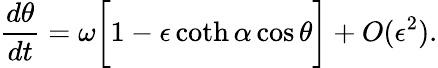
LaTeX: \frac{d\theta}{dt}=\omega\bigg[1-\epsilon\coth\alpha\cos\theta\bigg]+O(\epsilon^{2}).